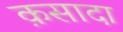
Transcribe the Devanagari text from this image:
क़सादा